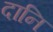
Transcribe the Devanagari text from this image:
दानि